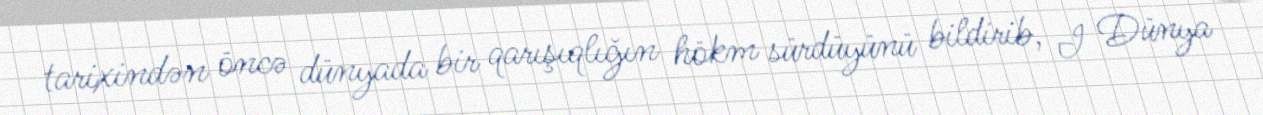
tarixindən öncə dünyada bir qarışıqlığın hökm sürdüyünü bildirib, I Dünya